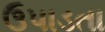
ઉપાડતા